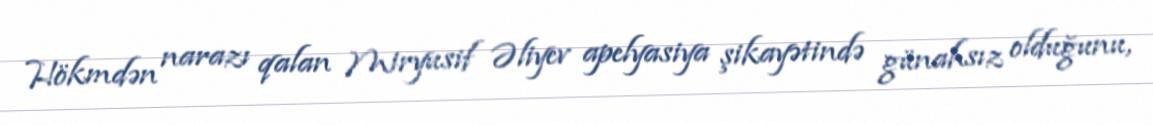
Hökmdən narazı qalan Miryusif Əliyev apelyasiya şikayətində günahsız olduğunu,